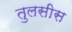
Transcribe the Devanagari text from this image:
तुलसीस